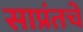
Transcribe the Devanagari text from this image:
साप्रंतचे